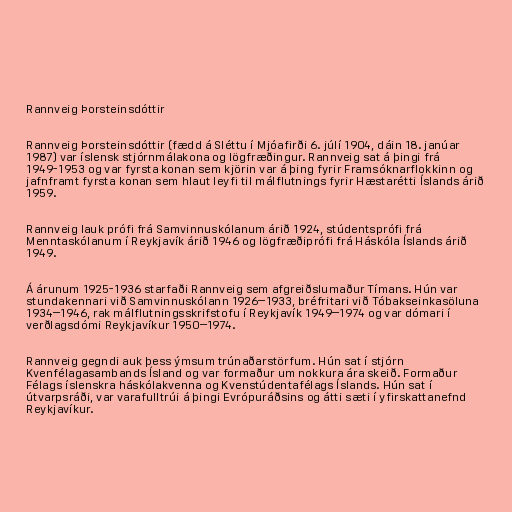
Rannveig Þorsteinsdóttir

Rannveig Þorsteinsdóttir (fædd á Sléttu í Mjóafirði 6. júlí 1904, dáin 18. janúar
1987) var íslensk stjórnmálakona og lögfræðingur. Rannveig sat á þingi frá
1949-1953 og var fyrsta konan sem kjörin var á þing fyrir Framsóknarflokkinn og
jafnframt fyrsta konan sem hlaut leyfi til málflutnings fyrir Hæstarétti Íslands árið
1959.

Rannveig lauk prófi frá Samvinnuskólanum árið 1924, stúdentsprófi frá
Menntaskólanum í Reykjavík árið 1946 og lögfræðiprófi frá Háskóla Íslands árið
1949.

Á árunum 1925-1936 starfaði Rannveig sem afgreiðslumaður Tímans. Hún var
stundakennari við Samvinnuskólann 1926–1933, bréfritari við Tóbakseinkasöluna
1934–1946, rak málflutningsskrifstofu í Reykjavík 1949–1974 og var dómari í
verðlagsdómi Reykjavíkur 1950–1974.

Rannveig gegndi auk þess ýmsum trúnaðarstörfum. Hún sat í stjórn
Kvenfélagasambands Ísland og var formaður um nokkura ára skeið. Formaður
Félags íslenskra háskólakvenna og Kvenstúdentafélags Íslands. Hún sat í
útvarpsráði, var varafulltrúi á þingi Evrópuráðsins og átti sæti í yfirskattanefnd
Reykjavíkur.